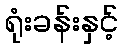
ရုံးခန်းနှင့်